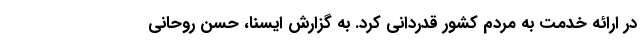
در ارائه خدمت به مردم کشور قدردانی کرد. به گزارش ایسنا، حسن روحانی